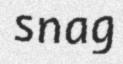
snag